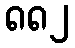
၈၈၂